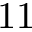
1 1